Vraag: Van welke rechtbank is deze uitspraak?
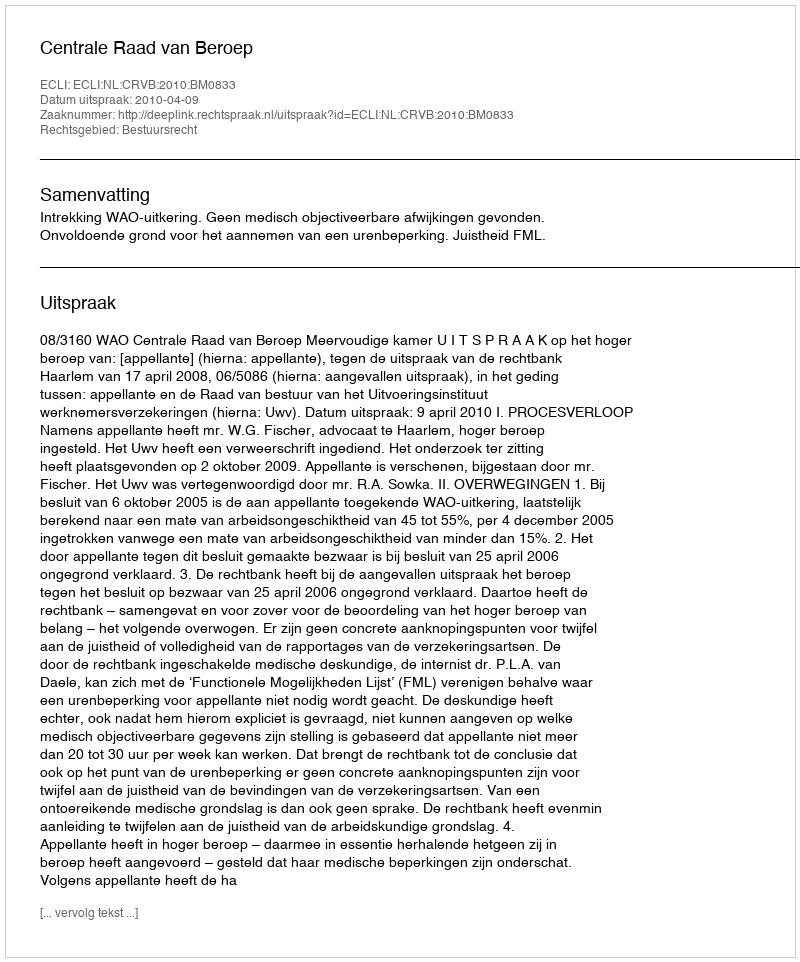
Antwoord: Centrale Raad van Beroep